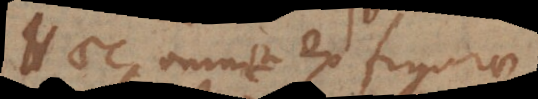
Haec omnia ex figurae